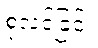
စုံလင်ခြင်း